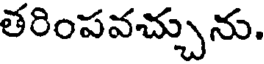
తరింపవచ్చును.